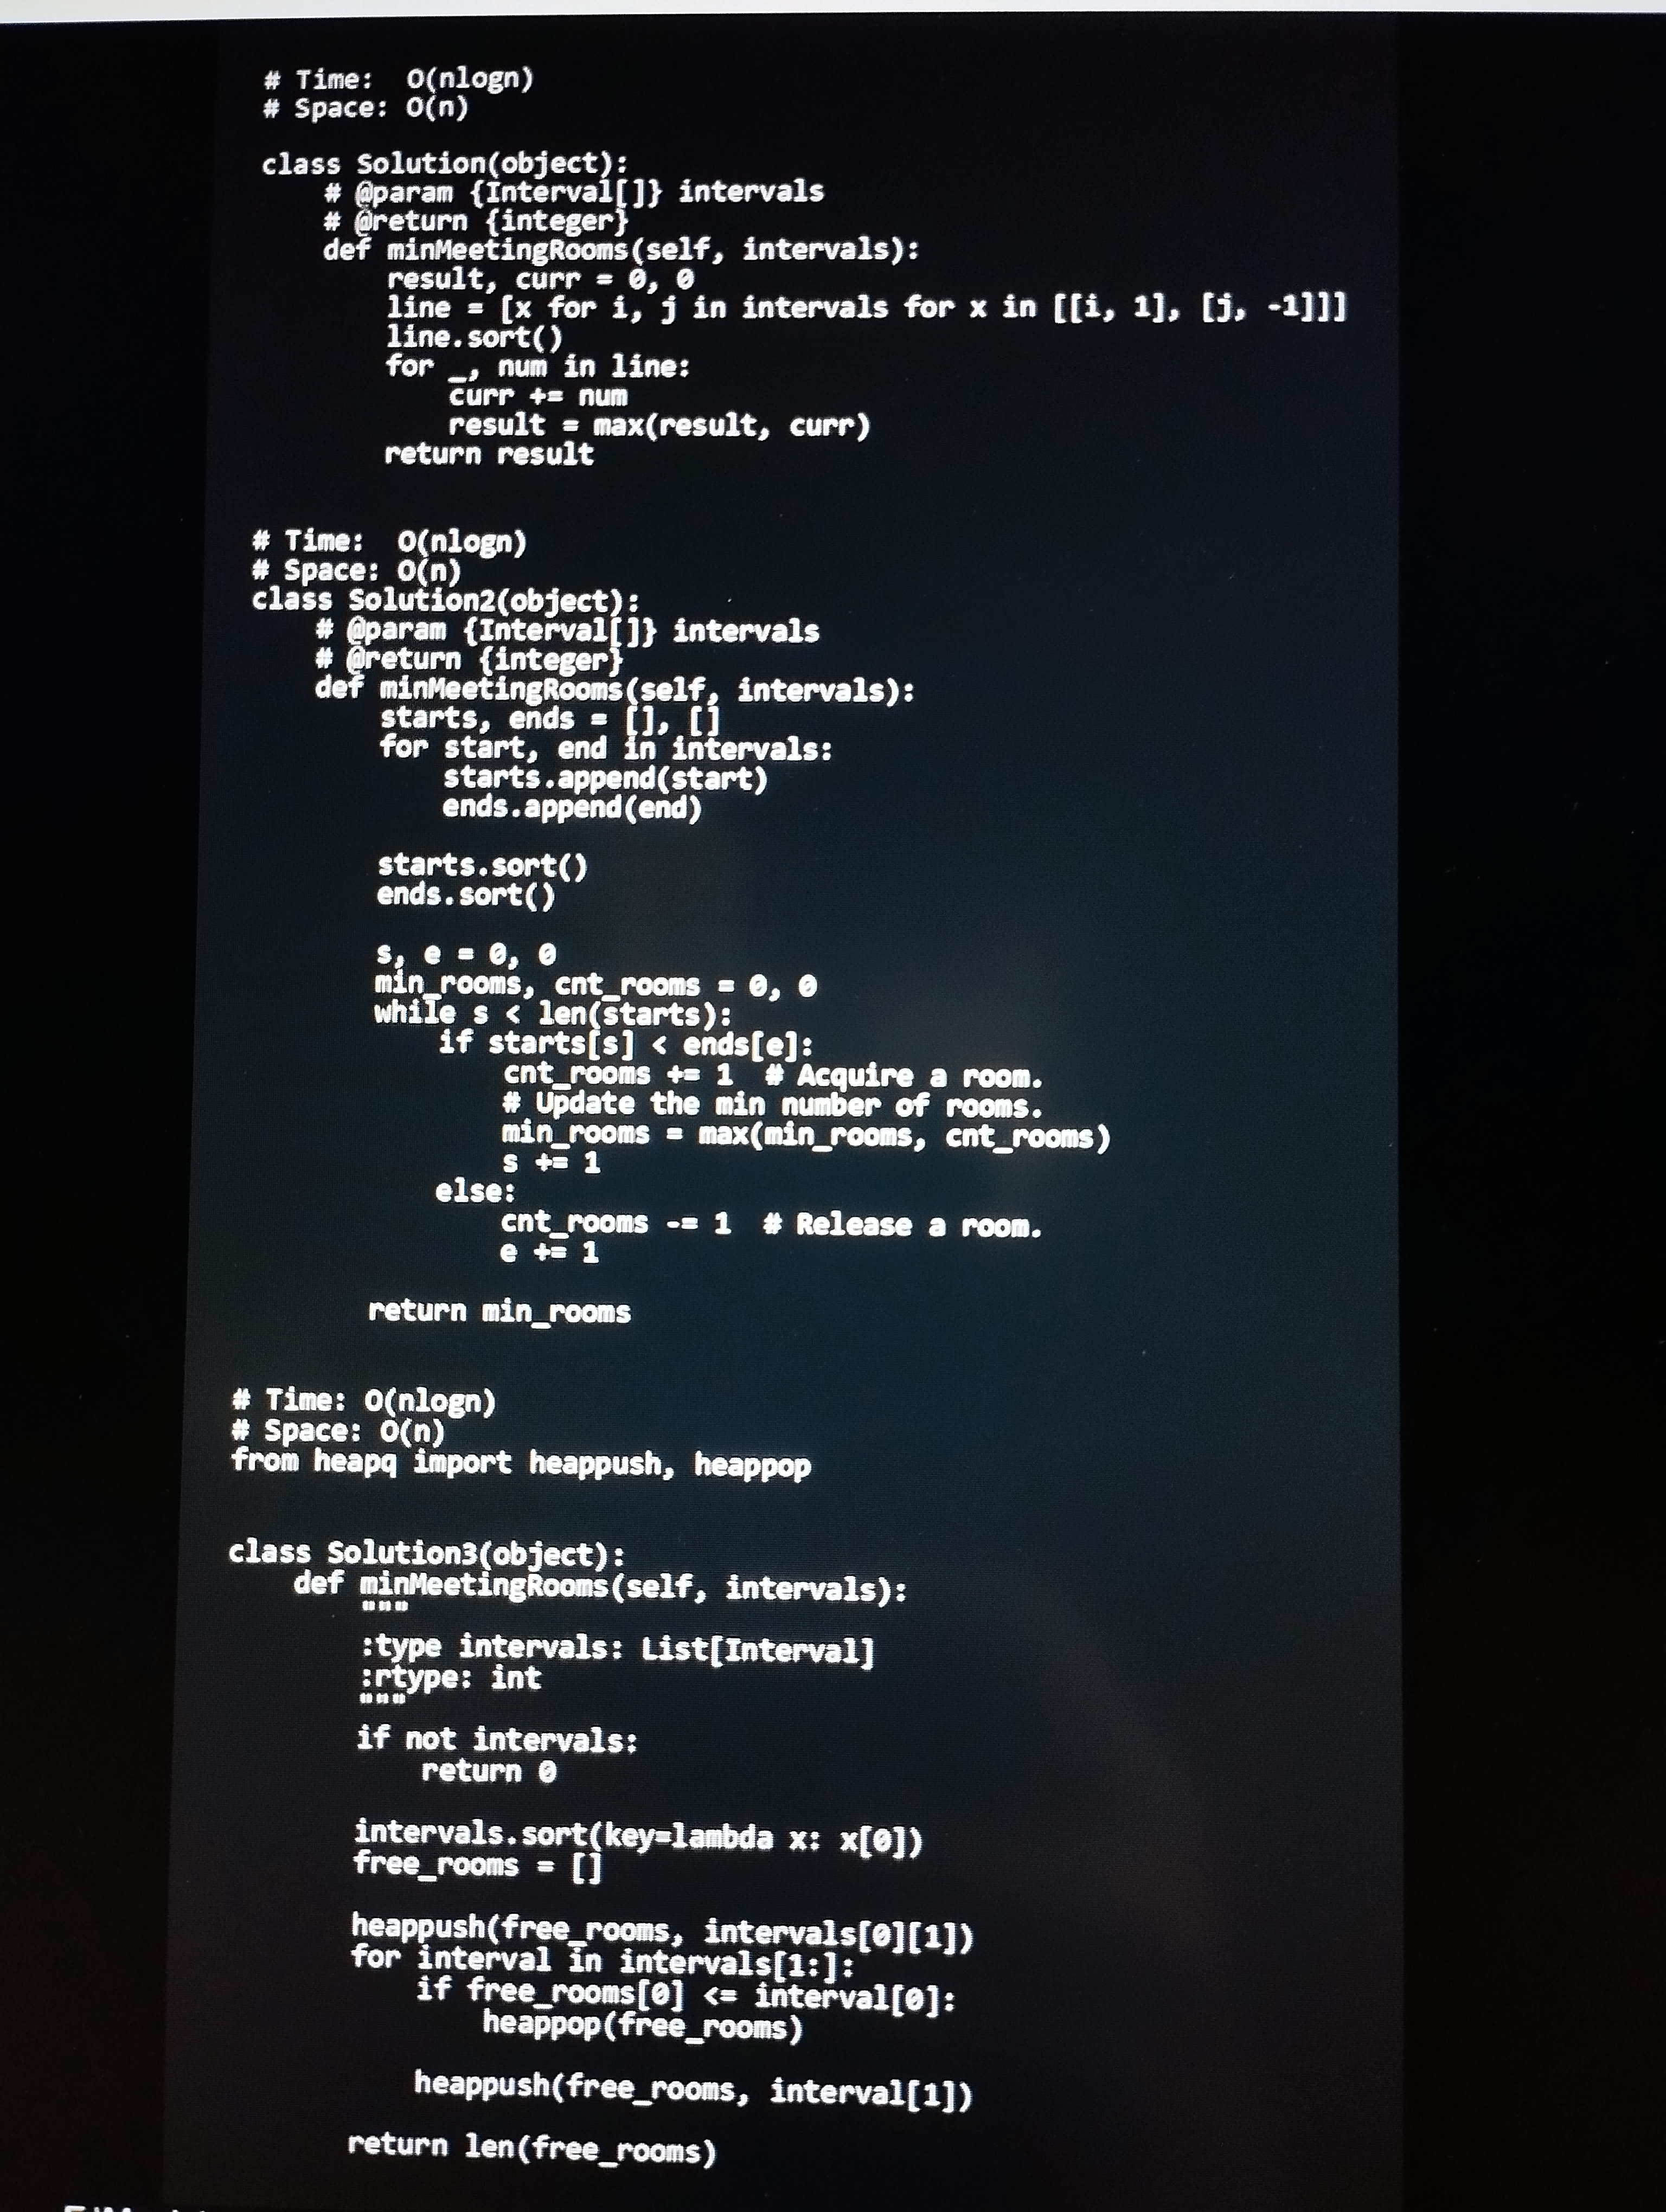
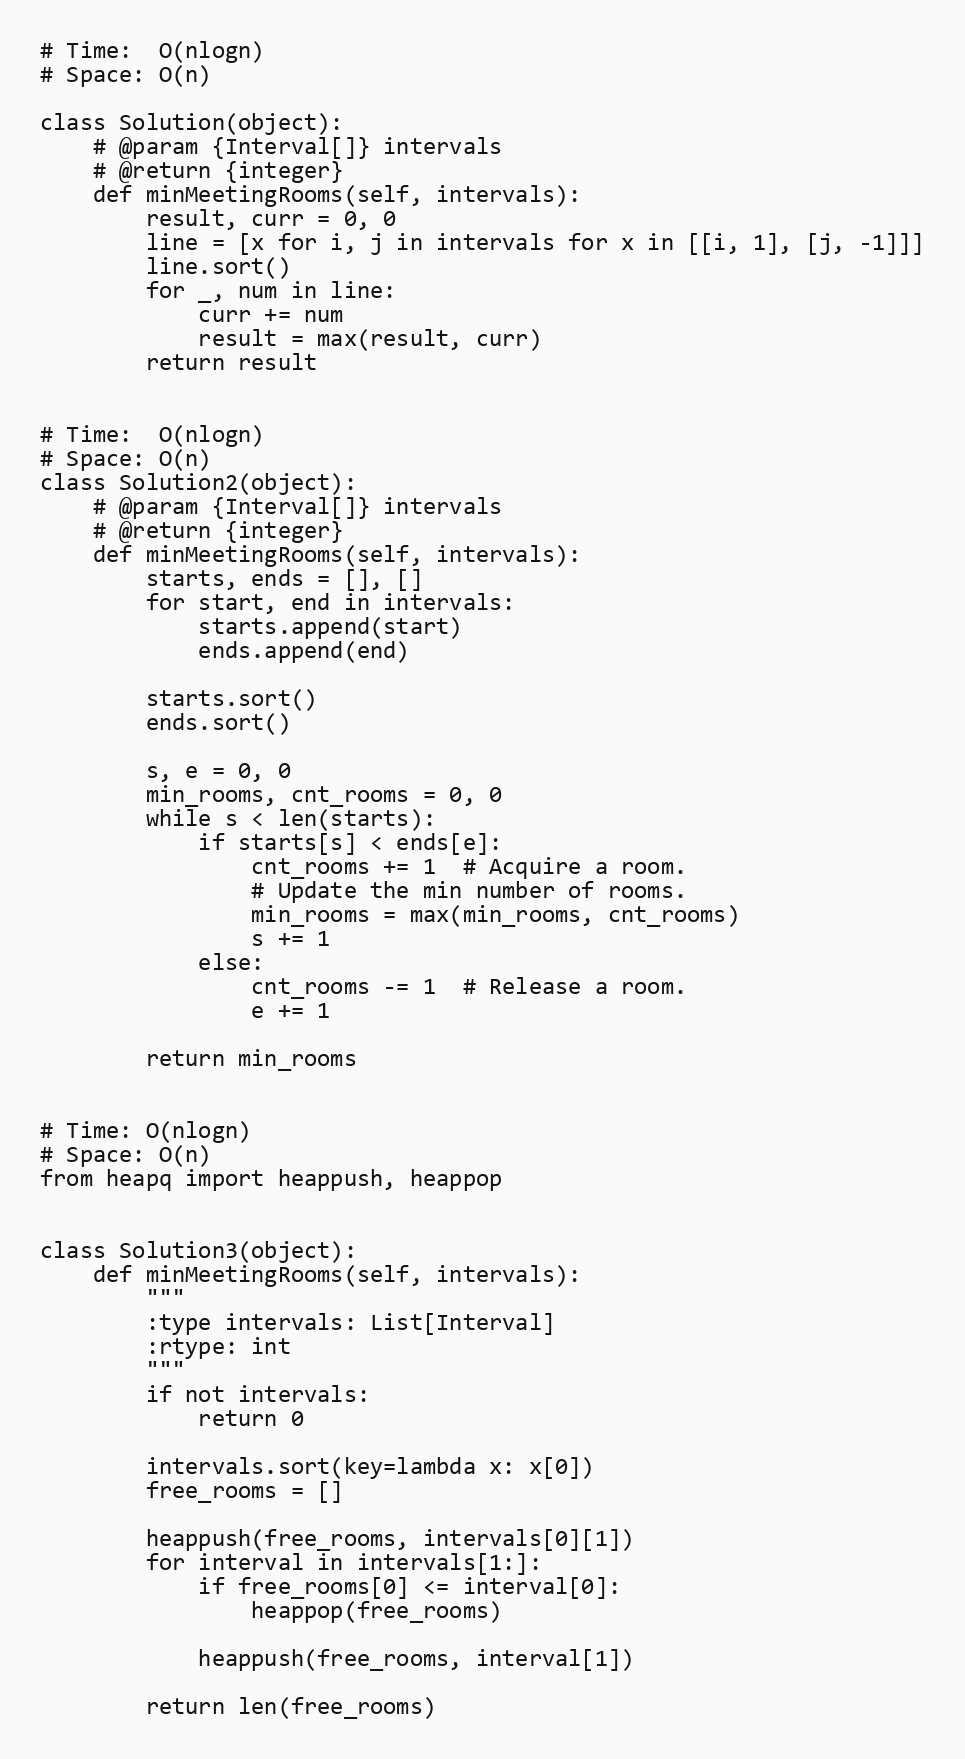
# Time:  O(nlogn)
# Space: O(n)

class Solution(object):
    # @param {Interval[]} intervals
    # @return {integer}
    def minMeetingRooms(self, intervals):
        result, curr = 0, 0
        line = [x for i, j in intervals for x in [[i, 1], [j, -1]]]
        line.sort()
        for _, num in line:
            curr += num
            result = max(result, curr)
        return result

# Time:  O(nlogn)
# Space: O(n)
class Solution2(object):
    # @param {Interval[]} intervals
    # @return {integer}
    def minMeetingRooms(self, intervals):
        starts, ends = [], []
        for start, end in intervals:
            starts.append(start)
            ends.append(end)

        starts.sort()
        ends.sort()

        s, e = 0, 0
        min_rooms, cnt_rooms = 0, 0
        while s < len(starts):
            if starts[s] < ends[e]:
                cnt_rooms += 1  # Acquire a room.
                # Update the min number of rooms.
                min_rooms = max(min_rooms, cnt_rooms)
                s += 1
            else:
                cnt_rooms -= 1  # Release a room.
                e += 1

        return min_rooms

# Time: O(nlogn)
# Space: O(n)
from heapq import heappush, heappop

class Solution3(object):
    def minMeetingRooms(self, intervals):
        """
        :type intervals: List[Interval]
        :rtype: int
        """
        if not intervals:
            return 0

        intervals.sort(key=lambda x: x[0])
        free_rooms = []

        heappush(free_rooms, intervals[0][1])
        for interval in intervals[1:]:
            if free_rooms[0] <= interval[0]:
                heappop(free_rooms)

            heappush(free_rooms, interval[1])

        return len(free_rooms)